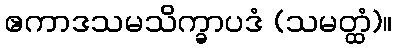
ဧကာဒသမသိက္ခာပဒံ (သမတ္ထံ)။